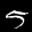
Label: 5